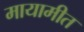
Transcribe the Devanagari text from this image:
मायामीत